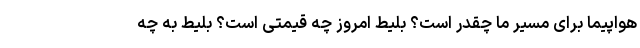
هواپیما برای مسیر ما چقدر است؟ بلیط امروز چه قیمتی است؟ بلیط به چه